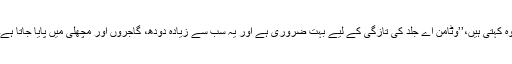
وہ کہتی ہیں،’’وٹامن اے جلد کی تازگی کے لیے بہت ضروری ہے اور یہ سب سے زیادہ دودھ، گاجروں اور مچھلی میں پایا جاتا ہے۔